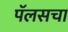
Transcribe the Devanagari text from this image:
पॅलसचा